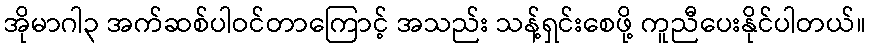
အိုမာဂါ၃ အက်ဆစ်ပါဝင်တာကြောင့် အသည်း သန့်ရှင်းစေဖို့ ကူညီပေးနိုင်ပါတယ်။